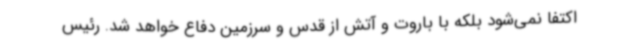
اکتفا نمی‌شود بلکه با باروت و آتش از قدس و سرزمین دفاع خواهد شد. رئیس